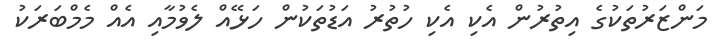
މަންޒަރުތަކުގެ އިތުރުން އެކި އެކި ހުތުރު އަޑުތަކުން ހަޅޭއް ލެވުމާއި އެއް މެމްބަރަކު